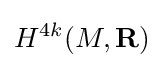
H^{4k}(M,\mathbf {R} )